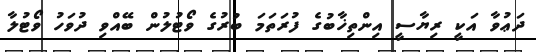
ދަޢުވާ އަކީ ރިޔާސީ އިންތިޚާބުގެ ފުރަތަމަ ބުރުގެ ވޯޓުލުން ބޭއްވި ދުވަހު ވޯޓުލާ